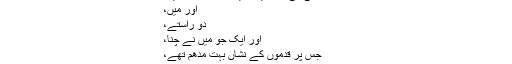
زندگی کی کٹھنائیوں میں بکھری دو راہیں،
اور میں،
دو راستے،
اور ایک جو میں نے چُنا،
جِس پر قدموں کے نشاں بُہت مدھم تھے،
بس اُن ہی مدھم نشاں رستوں کا فرق ہے آج تک۔